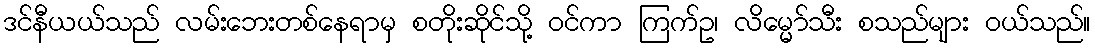
ဒင်နီယယ်သည် လမ်းဘေးတစ်နေရာမှ စတိုးဆိုင်သို့ ဝင်ကာ ကြက်ဥ၊ လိမ္မော်သီး စသည်များ ဝယ်သည်။